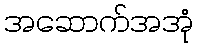
အဆောက်အအုံ